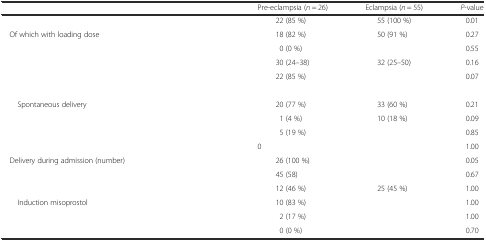
<table><thead><tr><td>[EMPTY_CELL]</td><td><b>Pre-eclampsia (<i>n</i> = 26)</b></td><td><b>Eclampsia (<i>n</i> = 55)</b></td><td><b><i>P</i>-value</b></td></tr></thead><tbody><tr><td>[EMPTY_CELL]</td><td>22 (85 %)</td><td>55 (100 %)</td><td>0.01</td></tr><tr><td> Of which with loading dose</td><td>18 (82 %)</td><td>50 (91 %)</td><td>0.27</td></tr><tr><td>[EMPTY_CELL]</td><td>0 (0 %)</td><td>[EMPTY_CELL]</td><td>0.55</td></tr><tr><td>[EMPTY_CELL]</td><td>30 (24–38)</td><td>32 (25–50)</td><td>0.16</td></tr><tr><td>[EMPTY_CELL]</td><td>22 (85 %)</td><td>[EMPTY_CELL]</td><td>0.07</td></tr><tr><td colspan="4">[EMPTY_CELL]</td></tr><tr><td>Spontaneous delivery</td><td>20 (77 %)</td><td>33 (60 %)</td><td>0.21</td></tr><tr><td>[EMPTY_CELL]</td><td>1 (4 %)</td><td>10 (18 %)</td><td>0.09</td></tr><tr><td>[EMPTY_CELL]</td><td>5 (19 %)</td><td>[EMPTY_CELL]</td><td>0.85</td></tr><tr><td>[EMPTY_CELL]</td><td>0</td><td>[EMPTY_CELL]</td><td>1.00</td></tr><tr><td> Delivery during admission (number)</td><td>26 (100 %)</td><td>[EMPTY_CELL]</td><td>0.05</td></tr><tr><td>[EMPTY_CELL]</td><td>45 (58)</td><td>[EMPTY_CELL]</td><td>0.67</td></tr><tr><td>[EMPTY_CELL]</td><td>12 (46 %)</td><td>25 (45 %)</td><td>1.00</td></tr><tr><td>Induction misoprostol</td><td>10 (83 %)</td><td>[EMPTY_CELL]</td><td>1.00</td></tr><tr><td>[EMPTY_CELL]</td><td>2 (17 %)</td><td>[EMPTY_CELL]</td><td>1.00</td></tr><tr><td>[EMPTY_CELL]</td><td>0 (0 %)</td><td>[EMPTY_CELL]</td><td>0.70</td></tr></tbody></table>